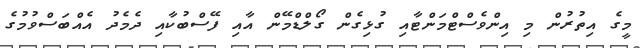
މީގެ އިތުރުން މި އިންވެސްޓްމަންޓާއި ގުޅިގެން ގޯލްޑްމޭން އާއި ފޭސްބުކާއި ދެމެދު އެއްބަސްވުމުގެ